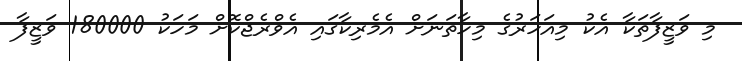
މި ވަޒީފާތަކާ އެކު މިއަހަރުގެ މިހާތަނަށް އެމެރިކާގައި އެވްރެޖްކޮށް މަހަކު 180000 ވަޒީފާ